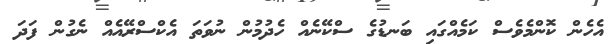
އެހެން ކޮންމެވެސް ކަމެއްގައި ބަނޑުގެ ސްކޭނެއް ހެދުމުން ނުވަތަ އެކްސްރޭއެއް ނެގުން ފަދަ